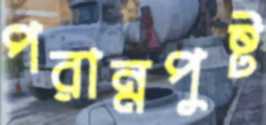
পরান্নপুষ্ট